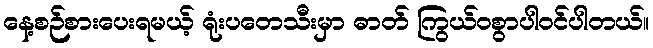
နေ့စဉ်စားပေးရမယ့် ရုံးပတေသီးမှာ ဓာတ် ကြွယ်ဝစွာပါဝင်ပါတယ်။